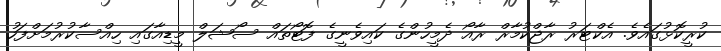
ކުރީކޮޅުގައެވެ. އެކްޓަރު ރާޖްކުމާރް ރާއޯ ދެމީހުންގެ ކައިވެނީގެ ފޮޓޯތައް ސޯޝަލް މީޑިއާގައި ހިއްސާކުރުމަށްފަހު